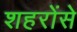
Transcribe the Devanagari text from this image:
शहरोंसे